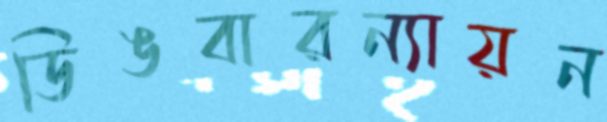
ডিঙবারন্যায়ন